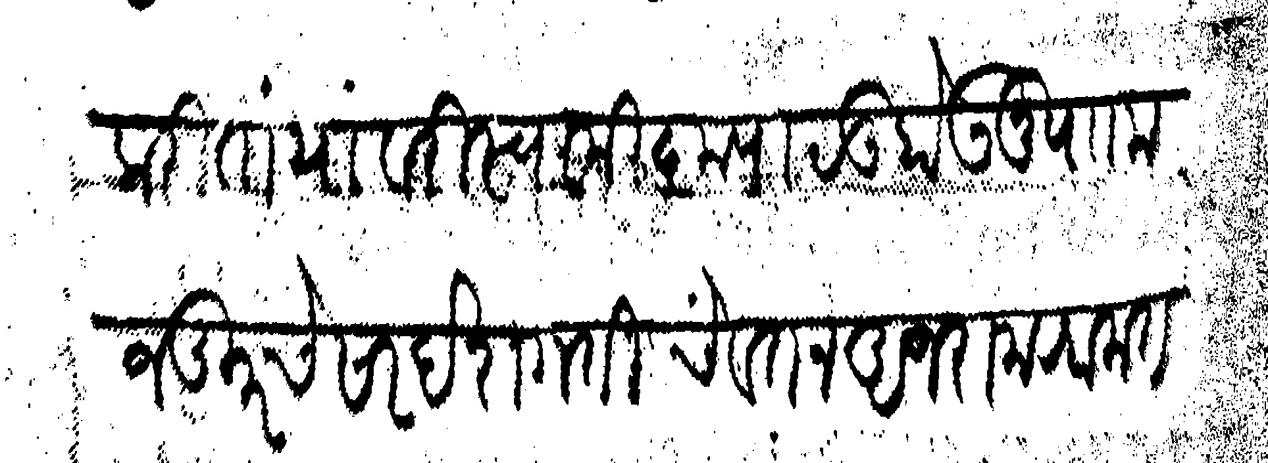
Transliteration (Devanagari): याकरीता यावरी स्वामी कृपाळू होऊनु प मजकूर चे सार देशगती चे वतन अजरा महामत